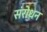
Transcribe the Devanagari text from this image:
संरोधन